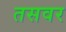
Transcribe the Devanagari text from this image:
तसवर